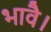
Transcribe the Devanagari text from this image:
भावै।